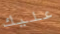
عليك